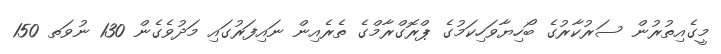
މީގެއިތުރުން ސަރުކާރުގެ ބޯހިޔާވަހިކަމުގެ ޕްރޮގްރާމްގެ ތެރެއިން ނައިފަރުގައި މަދުވެގެން 130 ނުވަތ 150